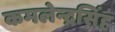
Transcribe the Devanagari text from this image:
कमलेन्द्रसिंह